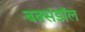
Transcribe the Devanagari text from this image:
बक्संडाॅल